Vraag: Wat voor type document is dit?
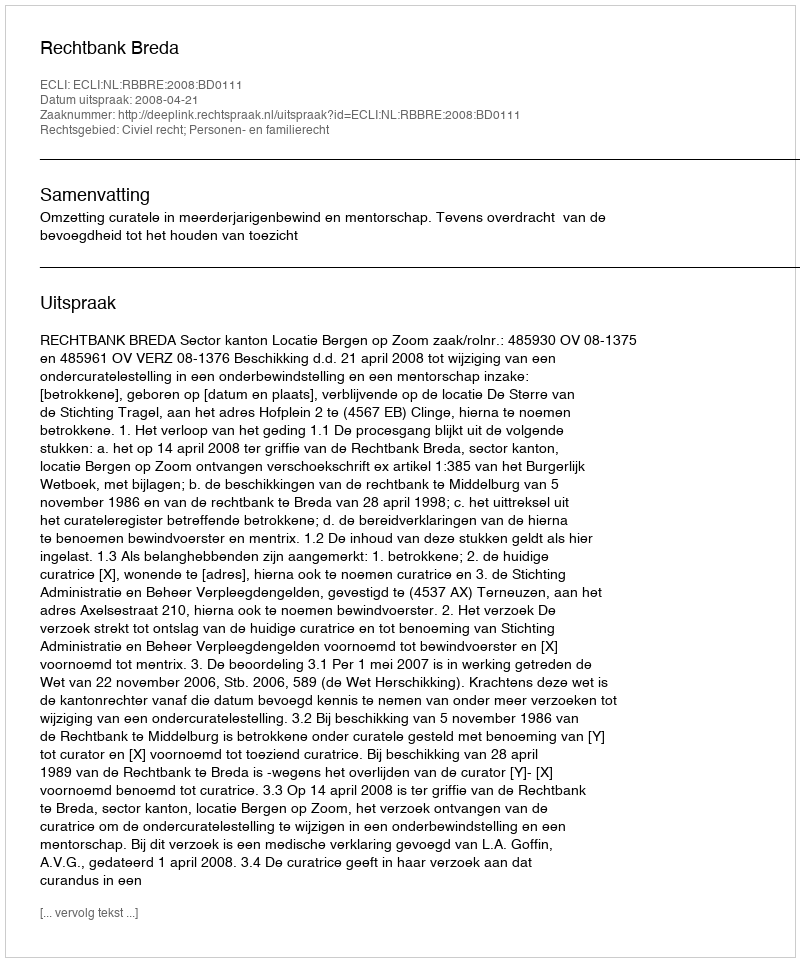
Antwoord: Uitspraak